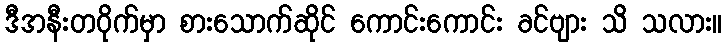
ဒီအနီးတဝိုက်မှာ စားသောက်ဆိုင် ကောင်းကောင်း ခင်ဗျား သိ သလား။